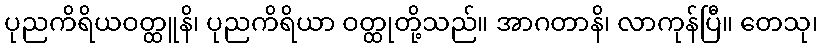
ပုညကိရိယဝတ္ထူနိ၊ ပုညကိရိယာ ဝတ္ထုတို့သည်။ အာဂတာနိ၊ လာကုန်ပြီ။ တေသု၊